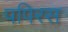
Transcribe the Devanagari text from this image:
पपिरस